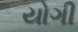
યોગી